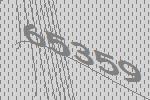
65359